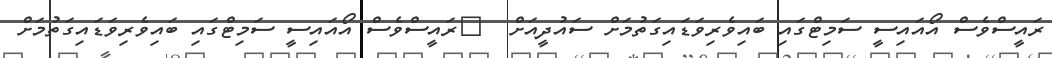
ރައީސްވެސް އޯއައިސީ ސަމިޓްގައި ބައިވެރިވަޑައިގަތުމަށް ސައުދީއަށް  	ރައީސްވެސް އޯއައިސީ ސަމިޓްގައި ބައިވެރިވަޑައިގަތުމަށް